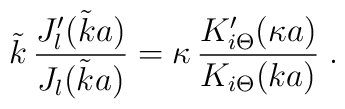
\tilde k \,\frac{J_l'(\tilde k  a)}{J_l(\tilde k  a)}= \kappa \,\frac{K_{i\Theta}'(\kappa  a)}{K_{i \Theta} (k a)}\;  .